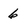
Character: 6